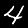
Label: 4